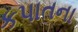
કપાતના